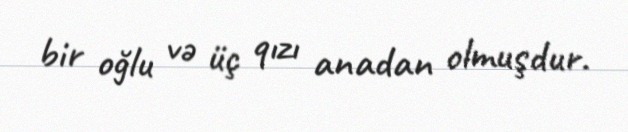
bir oğlu və üç qızı anadan olmuşdur.